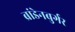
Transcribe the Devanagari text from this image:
ब्रांडेनबुर्गर